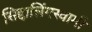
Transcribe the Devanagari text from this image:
सिद्दालिंगस्वामी